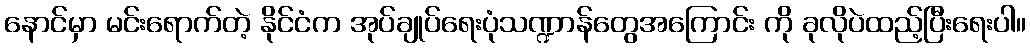
နောင်မှာ မင်းရောက်တဲ့ နိုင်ငံက အုပ်ချုပ်ရေးပုံသဏ္ဍာန်တွေအကြောင်း ကို ခုလိုပဲထည့်ပြီးရေးပါ။